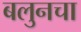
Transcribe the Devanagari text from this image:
बलुनचा